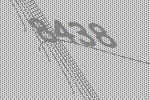
8438